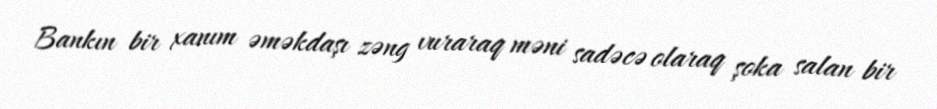
Bankın bir xanım əməkdaşı zəng vuraraq məni sadəcə olaraq şoka salan bir